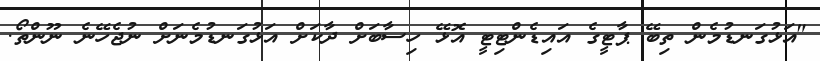
"އަޅުގަނޑުމެން ތިބޭ ޕާޓީގެ އައިޑެންޓިޓީ އޮޅޭ ހިސާބަށް ދާކަށް އަޅުގަނޑުމެނަށް ނުޖެހޭނެ ނޫންތޯ.